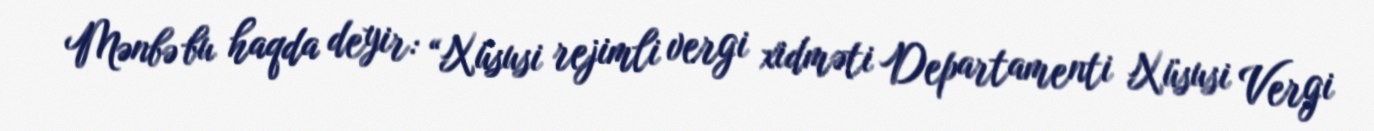
Mənbə bu haqda deyir: “Xüsusi rejimli vergi xidməti Departamenti Xüsusi Vergi